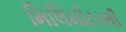
મિલિમીટરથી